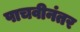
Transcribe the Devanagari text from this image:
पाचवीनंतर